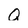
Character: Q